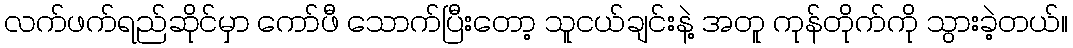
လက်ဖက်ရည်ဆိုင်မှာ ကော်ဖီ သောက်ပြီးတော့ သူငယ်ချင်းနဲ့ အတူ ကုန်တိုက်ကို သွားခဲ့တယ်။